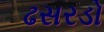
ઢસરડો